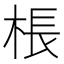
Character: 棖